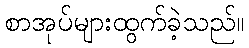
စာအုပ်များထွက်ခဲ့သည်။